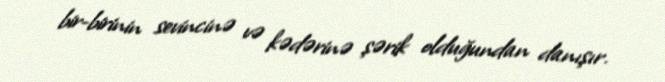
bir-birinin sevincinə və kədərinə şərik olduğundan danışır.